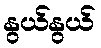
နွယ်နွယ်